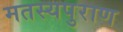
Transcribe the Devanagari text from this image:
मतस्यपुराण